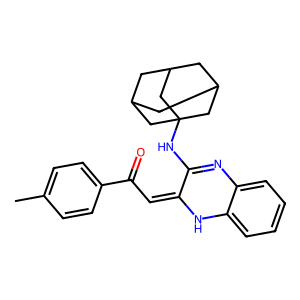
SMILES: Cc1ccc(C(=O)C=C2Nc3ccccc3N=C2NC23CC4CC(CC(C4)C2)C3)cc1
Inhibits HIV replication: No